Civil Veterinary Dept. Bombay admin report 1900-1906 - 1900-1906
Year: 1900
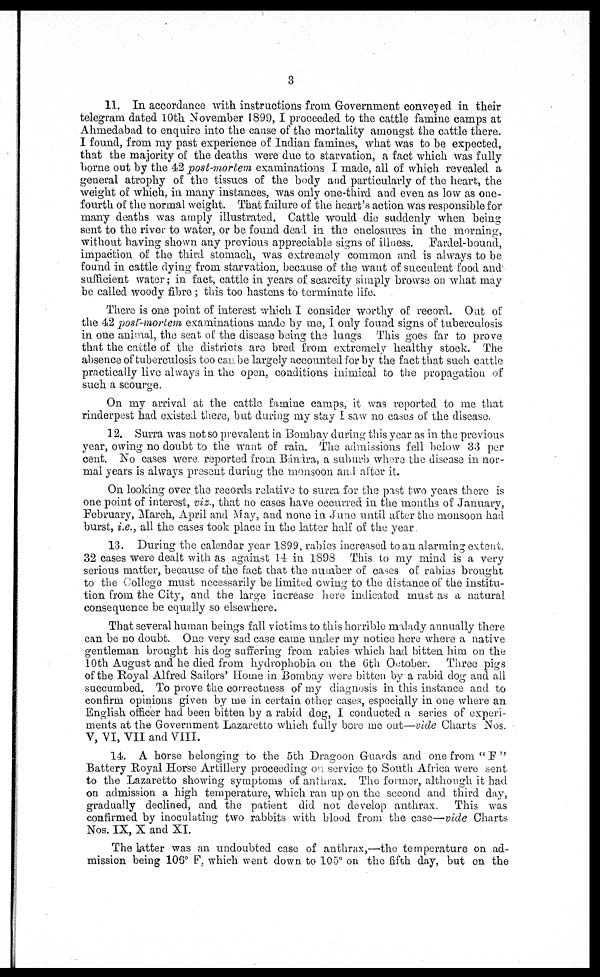
3
11. In accordance with instructions from Government conveyed in their
telegram dated 10th. November 1899, I proceeded to the cattle famine camps at
Ahmedabad to enquire into the cause of the mortality amongst the cattle there.
I found, from my past experience of Indian famines, what was to be expected,
that the majority of the deaths were due to starvation, a fact which was fully
borne out by the 42 post-mortem examinations I made, all of which revealed a
general atrophy of the tissues of the body and particularly of the heart, the
weight of which, in many instances, was only one-third and even as low as one-
fourth of the normal weight. That failure of the heart's action was responsible for
many deaths was amply illustrated. Cattle would die suddenly when being-
sent to the river to water, or be found dead in the enclosures in the morning,
without having shown any previous appreciable signs of illness.
Fardel-bound,
impaction of the third stomach, was extremely common and is always to be
found in cattle dying from starvation, because of the want of succulent food and
sufficient water ; in fact, cattle in years of scarcity simply browse on what may
be called woody fibre; this too hastens to terminate life.
There is one point of interest which I consider worthy of record. Out of
the 42 post-mortem examinations made by me, I only found signs of tuberculosis
in one animal, the seat of the disease being the lungs This goes far to prove
that the cattle of the districts are bred from extremely healthy stock. The
absence of tuberculosis too can be largely accounted for by the fact that such cattle
practically live always in the open, conditions inimical to the propagation of
such a scourge.
On my arrival at the cattle famine camps, it was reported to me that
rinderpest had existed there, but during my stay I saw no cases of the disease.
12. Surra was not so prevalent in Bombay during this year as in the previous
year, owing no doubt to the want of rain. The admissions fell below 33 per
cent. No cases were reported from Bándra, a suburb where the disease in nor-
mal years is always present during the monsoon and after it.
On looking over the records relative to surra for the past two years there is
one point of interest, viz., that no cases have occurred in the months of January,
February, March, April and May, and none in June until after the monsoon had
burst, i.e., all the cases took place in the latter half of the year.
13. During the calendar year 1899, rabies increased to an alarming exteut.
32 cases were dealt with as against 14 in 1898 This to my mind is a very
serious matter, because of the fact that the number of cases of rabies brought
to the College must necessarily be limited owing to the distance of the institu-
tion from the City, and the large increase here indicated must as a natural
consequence be equally so elsewhere.
That several human beings fall victims to this horrible malady annually there
can be no doubt. One very sad case came under my notice here where a native
gentleman brought his dog suffering from rabies which had bitten him on the
10th August and he died from hydrophobia on the 6th October.
Three pigs
of the Royal Alfred Sailors' Home in Bombay were bitten by a rabid dog and all
succumbed. To prove the correctness of my diagnosis in this instance and to
confirm opinions given by me in certain other cases, especially in one where an.
English officer had been bitten by a rabid dog, I conducted a series of experi-
ments at the Government Lazaretto which fully bore me out—vide Charts Nos.
V, VI, VII and VIII.
14. A horse belonging to the 5th Dragoon Guards and one from "F"
Battery Royal Horse Artillery proceeding on service to South Africa were sent
to the Lazaretto showing symptoms of anthrax. The former, although it had
on admission a high temperature, which ran up on the second and third day,
gradually declined, and the patient did not develop anthrax.
This was
confirmed by inoculating two rabbits with blood from the case—-vide Charts
Nos. IX, X and XI.
The latter was an undoubted case of anthrax,— the temperature on ad-
mission being 106º F, which went down to 105º on the fifth day, but on the